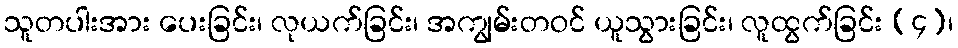
သူတပါးအား ပေးခြင်း၊ လုယက်ခြင်း၊ အကျွမ်းတဝင် ယူသွားခြင်း၊ လူထွက်ခြင်း (၄)၊